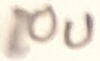
Text: 10u